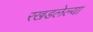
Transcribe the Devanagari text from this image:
रखडलेल्या